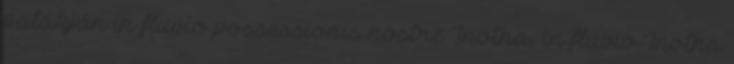
patakján in fluvio possessionis nostre Inotha, in fluvio Inotha